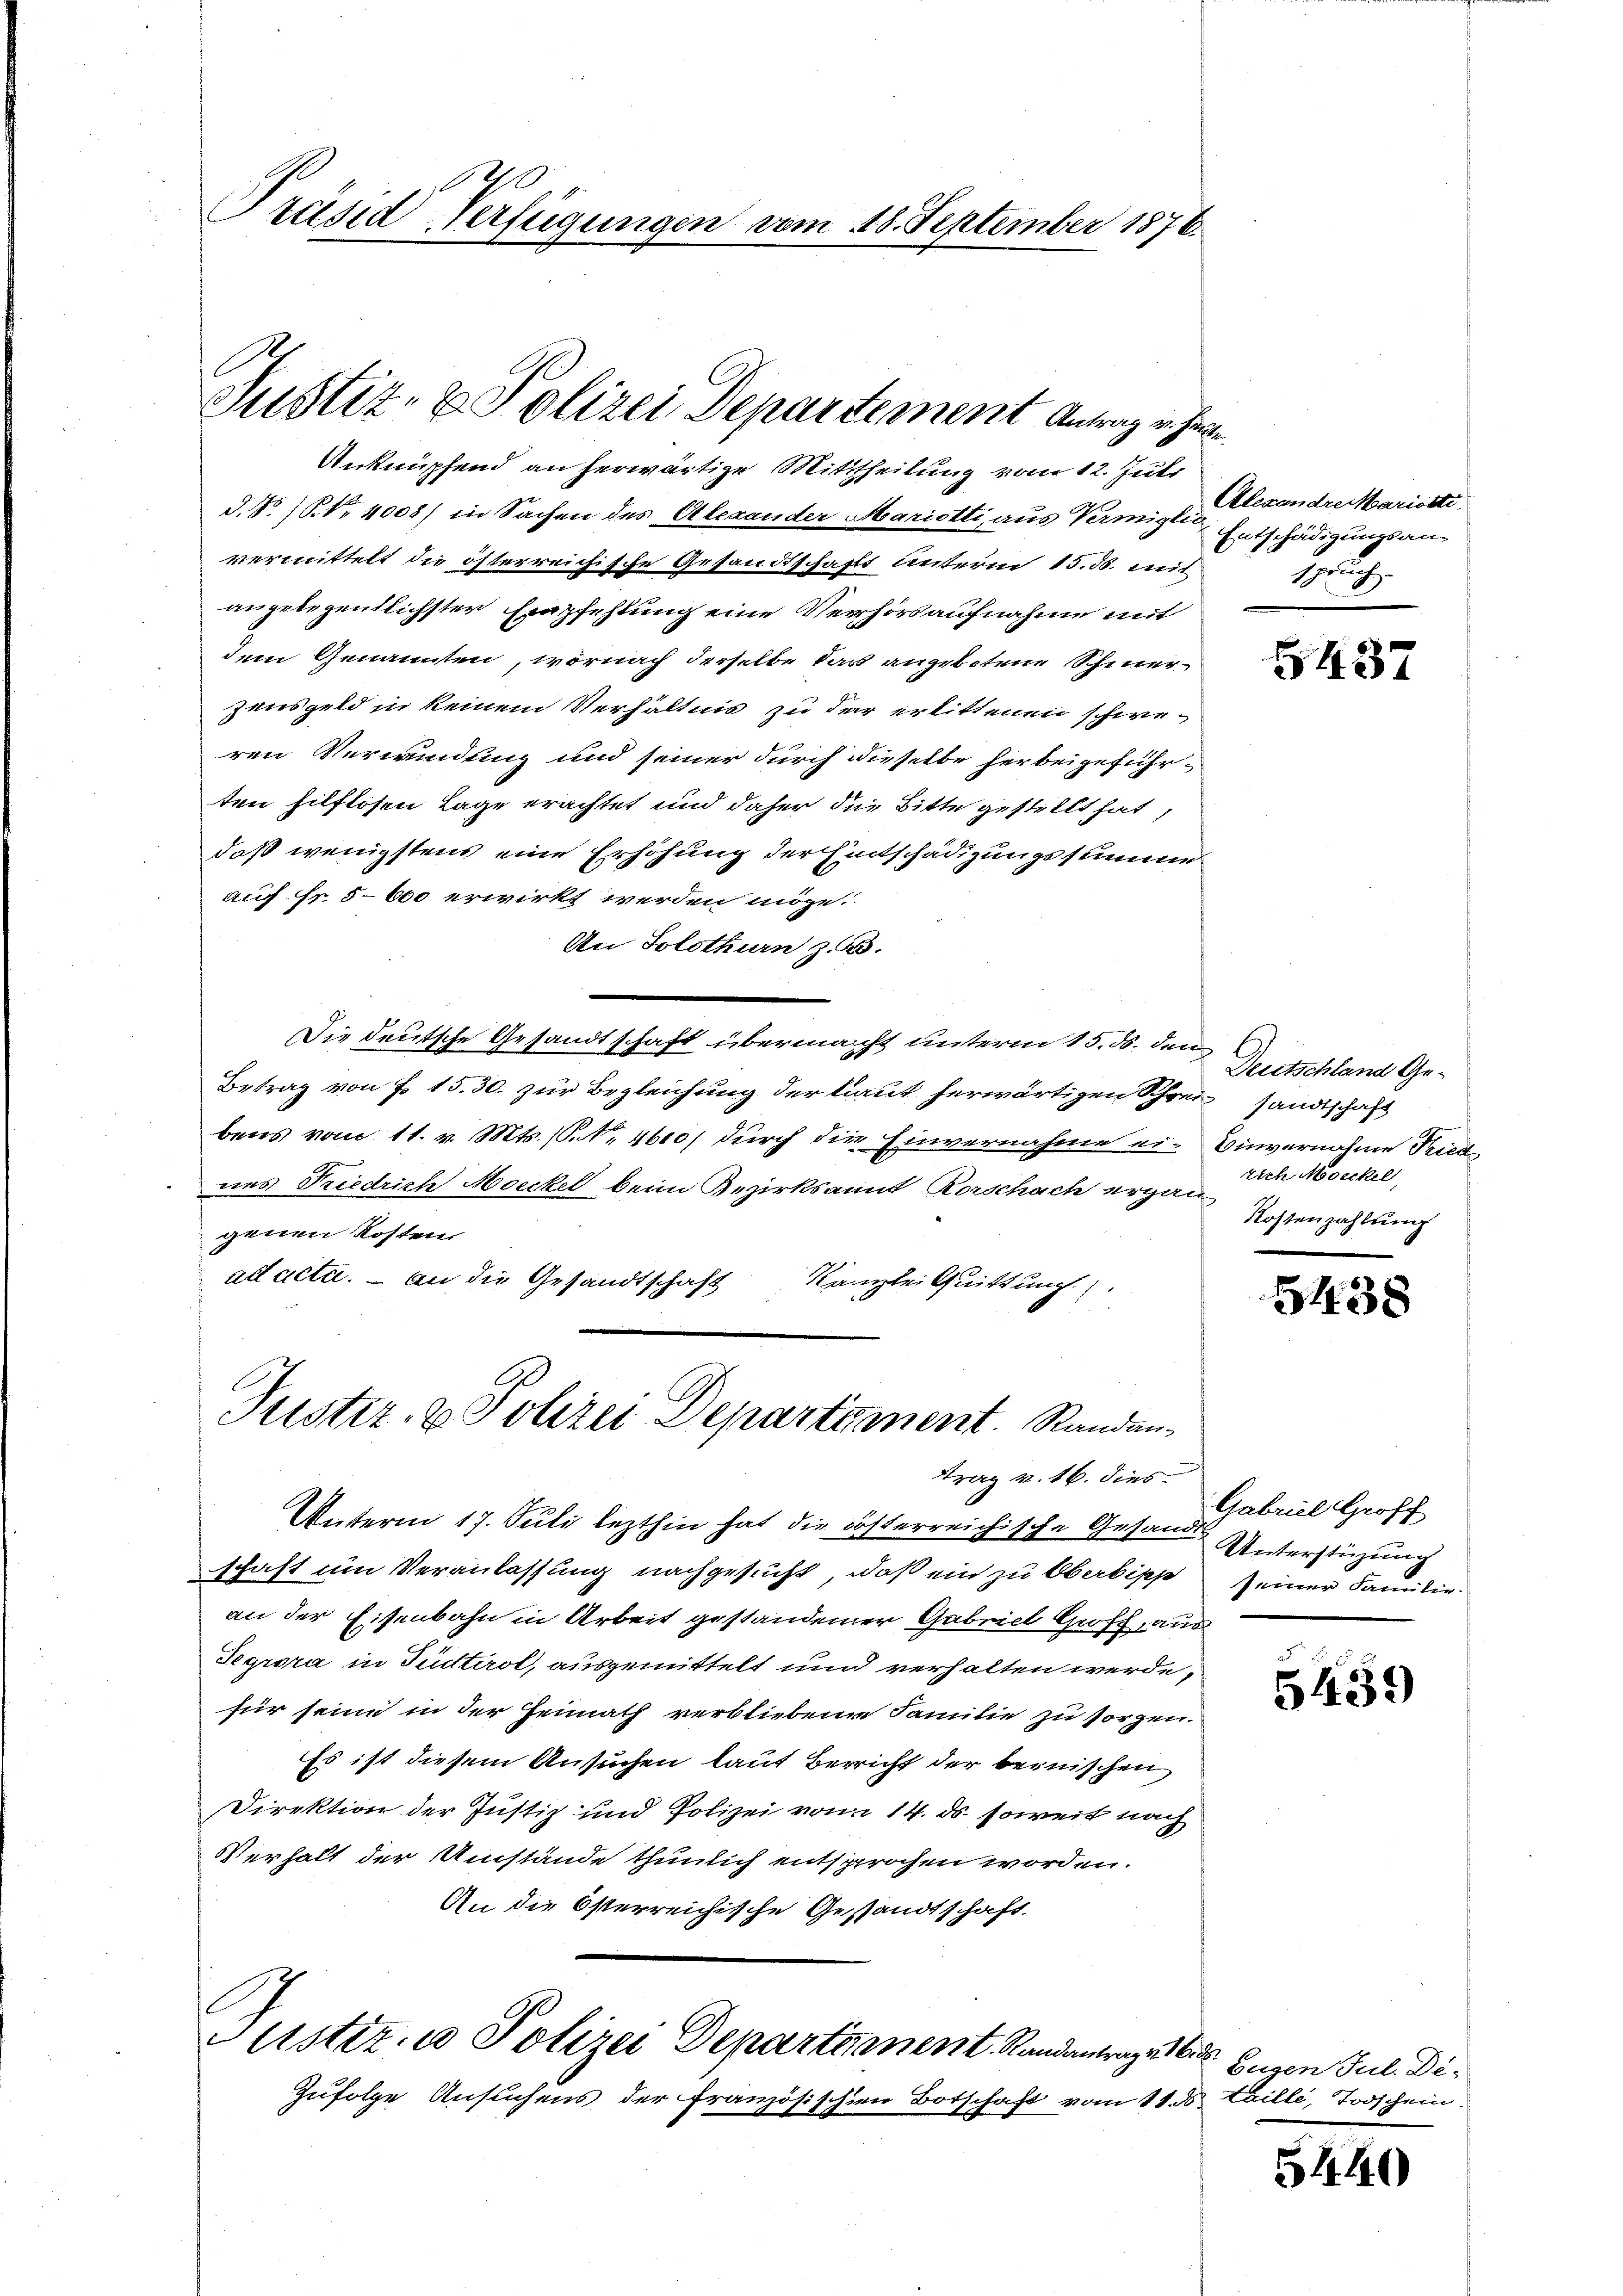
d.40
Präsid-Verfügungen vom 18. September 1876.

Justiz- & Polizei Departement Antrag in Her

Justiz- & Polizei Departement. Randan¬
Frag v. 16. dies

Unterm 17. Juli lezthin hat die lösterreichische Gesandte Unterstüzung
schaft um Veranlassung nachgesucht, daß ein zu Oberbishe
an der Eisenbahn in Arbeit gestandener Gabriel Grofz, aus
Tegrora in Guitirol, ausgemittelt und verhalten werde,
für seine in der Heimath verbliebene Familie zu sorgen.
Es ist diesem Ansuchen laut Bericht der bernischen
Direktion der Justiz und Polizei von 14. ds. soweit nach
Verhalt der Umstände thunlich entsprochen worden.
An die Österreichische Gestandtschaft

Justiz u. Polizei Departennent Randantrage d

Anknüpfend an herwärtige Mittheilung vom 12. Juli
d. P.P. Nr. 4008) in Sachen des Alexander Mariotti, aus Vermigten Entschädigungsanvermittelt die österreichische Gesandtschafts unterm 15. ds. mit
angelegentlichster Empfehlung eine Verhörsaufnahme mit
dem Genannten, wornach derselbe das angebotene Schmerzensgeld in keinem Verhältnis zu der erlittenen schweren Verwindung und seiner durch dieselbe herbeigeführten hilflosen Lage erachtet und daher die Bitte gestellt hat,
daß wenigstens eine Erhöhung der Eintschädigungsstimme
auf Fr. 5600 erwirkt werden möge.
An Solothurn z. B.
Die deutsche Gesandtschaft übermacht unterm 15. ds. den
Betrag von F. 15. 30. zur Begleichung der laut herwärtigen Schreiz sandtschaft
bens vom 11. v. Mts. S. Nr. 4600 durch die Einvernahme ei-
nes Friedrich Moeckel beim Bezirksant Rorschach ergan
genen Kosten
ad acta. — an die Gesandtschaft Kanzlei Quittung

Zufolge Ansuchens der französischen Botschaft vom 11. ds. taille, Todschein

Alexandre Mariotti.
spruch

5437

Deutschland Ge¬
Einvernahme Fried
rich Moeckel,
Kostenzahlung

54. 38

Gabriel Groff
seiner Familie.

5439

Eugen Jul. De-

5440